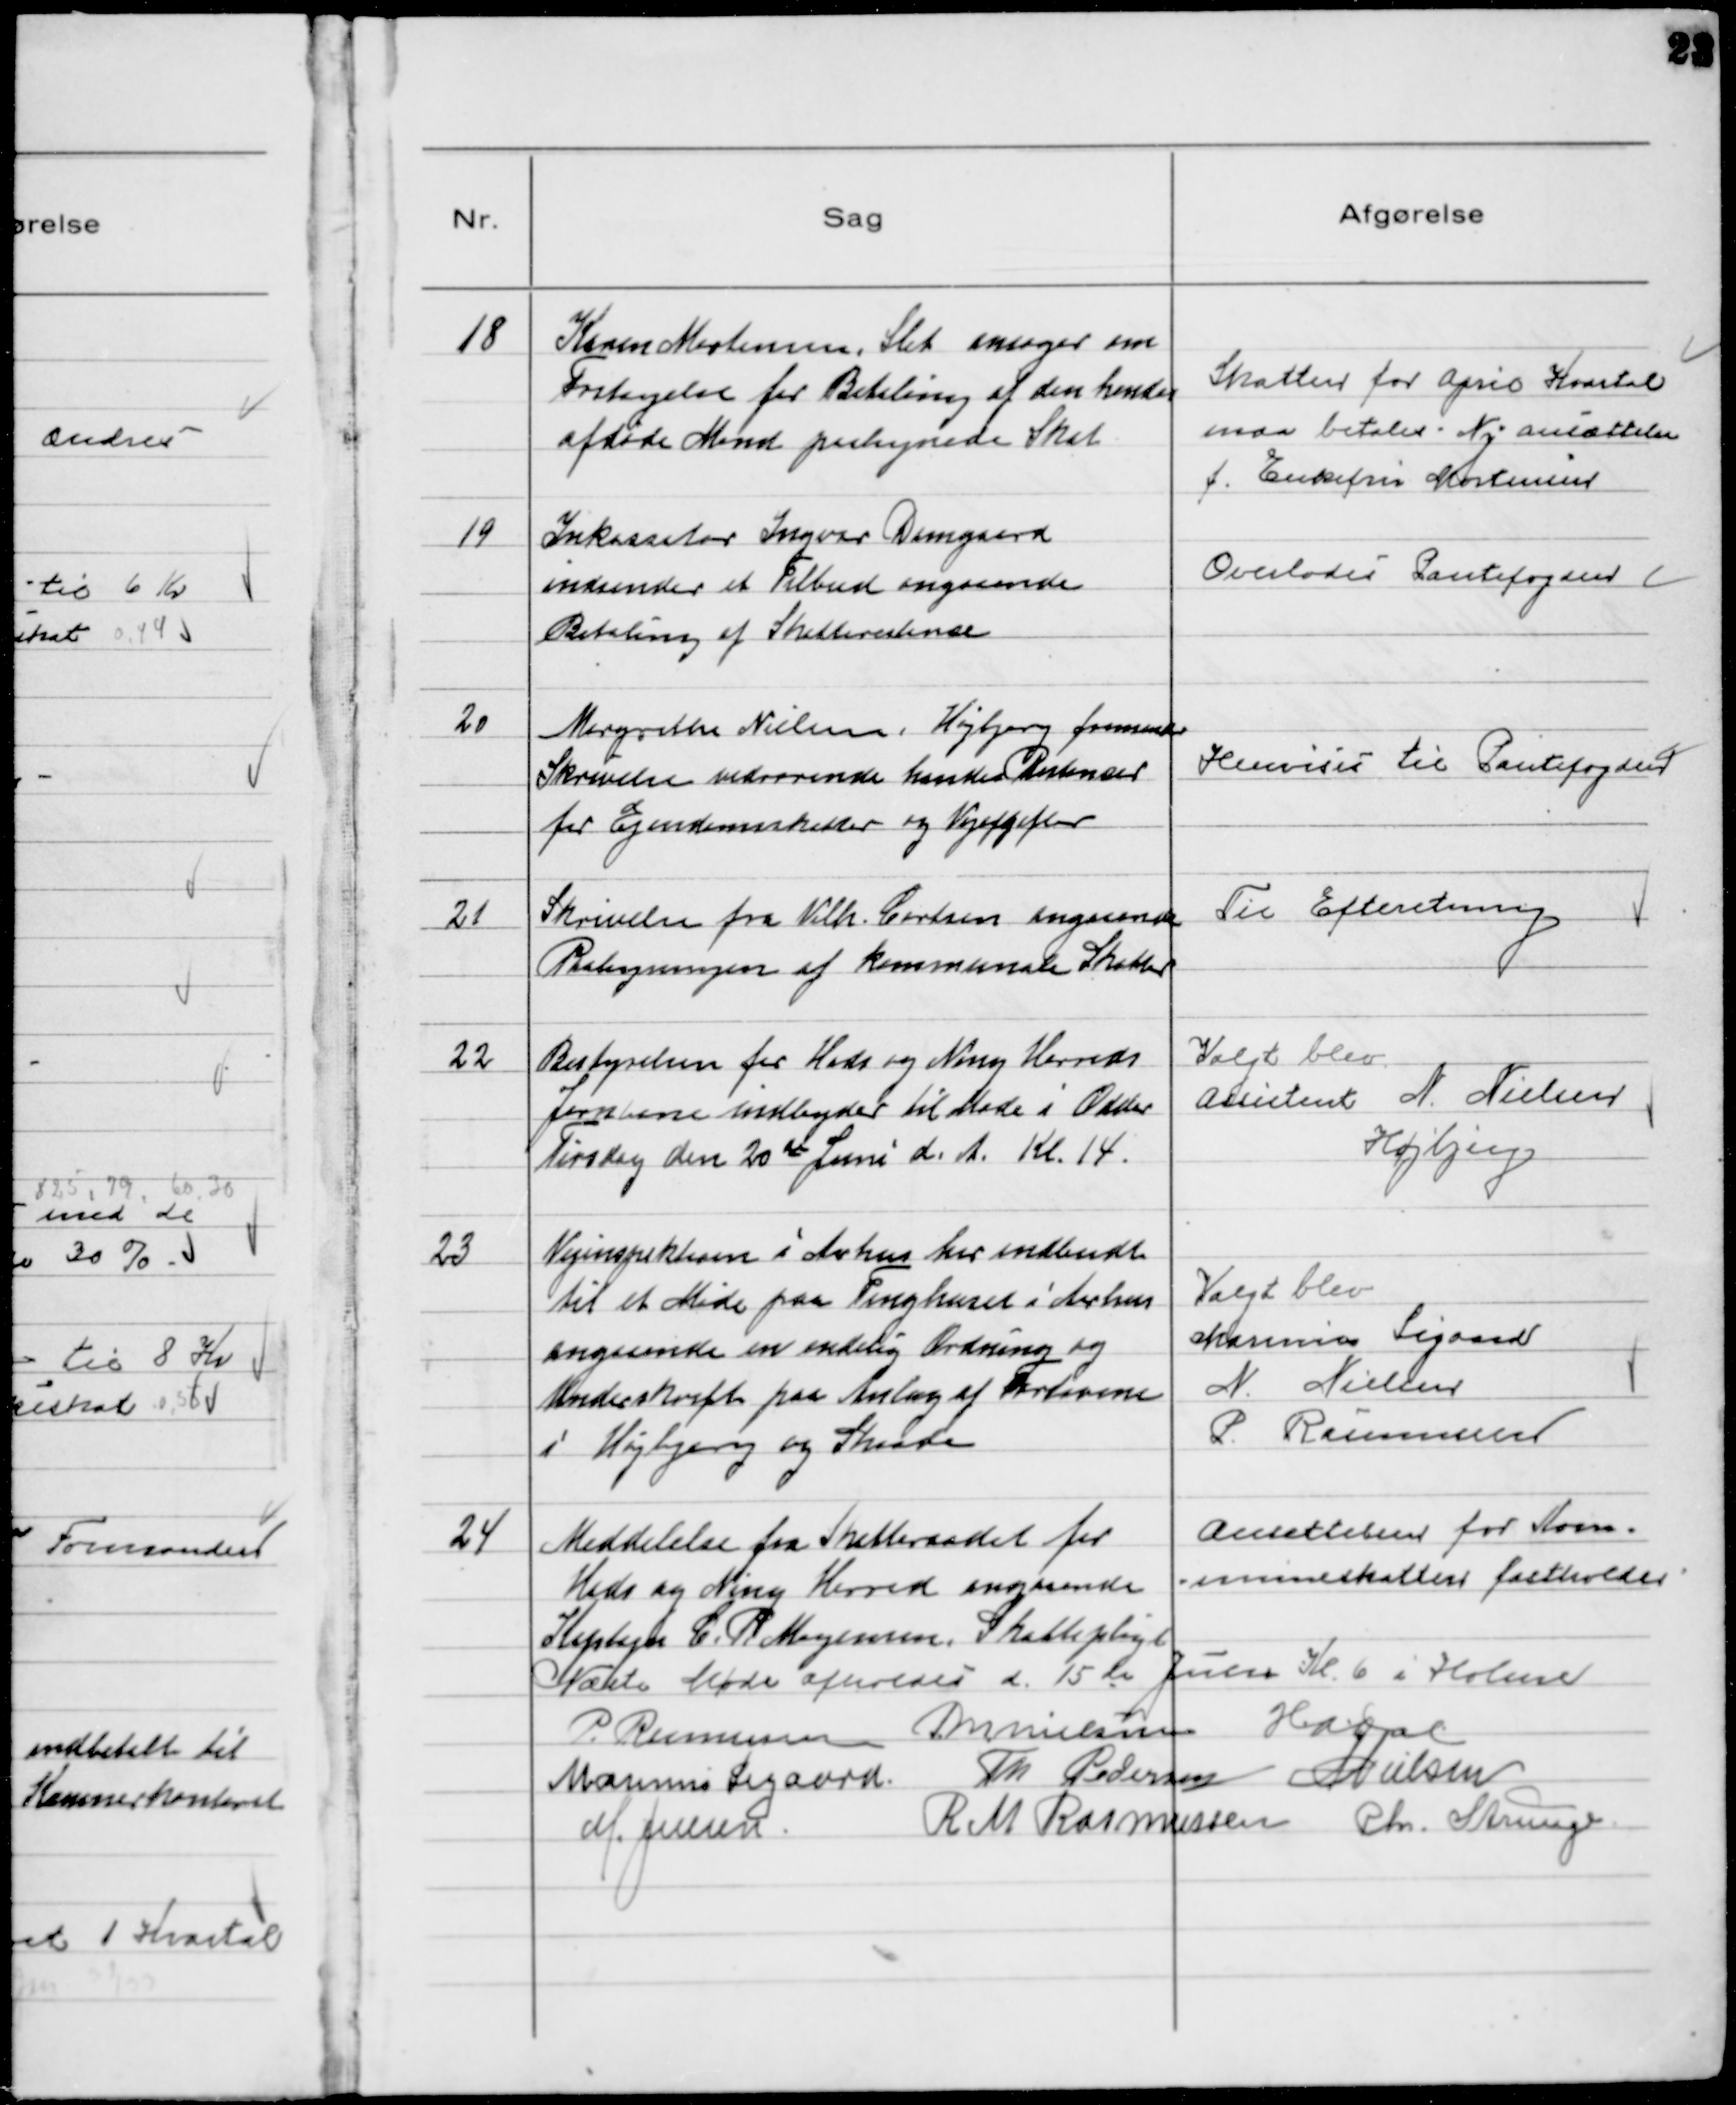
Transskription:
18
Karen Mortensen, Slet ansøger om
Fritagelse for Betaling af den hendes
afdøde Mand paalignede Skat

Skatten for April Kvartal
maa betales - Ny ansættelse
f. Enkefru Mortensen

19
Inkassator Ingvar Damgaard
indsender et Tilbud angaaende
Betaling af Skatterestance

Overlodes Pantefogden

20
Margrethe Nielsen, Højbjerg fremsender
Skrivelse vedrørende hendes Restancer
for Ejendomsskatter og Vejafgifter

Henvises til Pantefogden

21
Skrivelse fra Vilh. Carlsen angaaende
Paaligningen af kommunale Skatter

Til Efteretning

22
Bestyrelsen for Hads og Ning Herreds
Jernbane indbyder til Møde i Odder
tirsdag den 20de Juni d. A. Kl. 14.

Valgt blev
Assistent N. Nielsen
Højbjerg

23
Vejinspektøren i Aarhus har indbudt
til et Møde paa Tinghuset i Aarhus
angaaende en endelig Ordning og
Underskrift paa Anlæg af Fortovene
i Højbjerg og Skaade

Valgt blev
Marinus Sigaard
N. Nielsen
P. Rasmussen

24
Meddelelse fra Skatteraadet for
Hads og Ning Herred angaaende
Kaptajn C. P. Mogensen Skattepligt.

Ansættelsen for Kom-
muneskatten fastholdes

Næste Møde afholdes d. 15de Juni Kl. 6 i Holme
P. Rasmussen M Nielsen HADal
Marinus Sigaard Th Pedersen NNielsen
M. Jensen
R M Rasmussen Chr. Strunge